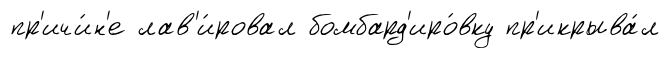
пр'ичи́н'е лав'и́ровал бомбард'иро́вку пр'икрыва́л